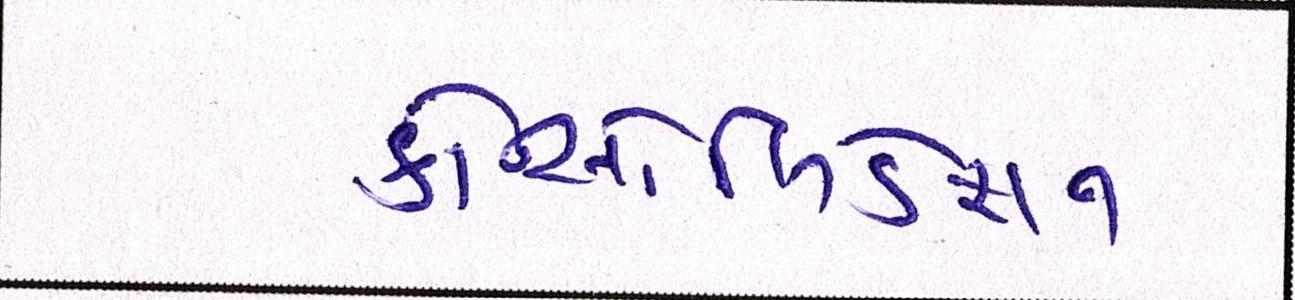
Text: કોન્સોલિડેશન